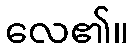
လေ၏။